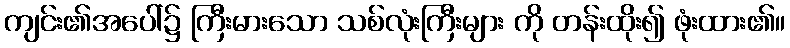
ကျင်း၏အပေါ်၌ ကြီးမားသော သစ်လုံးကြီးများ ကို တန်းထိုး၍ ဖုံးထား၏။